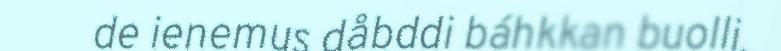
de ienemus dåbddi báhkkan buolli.